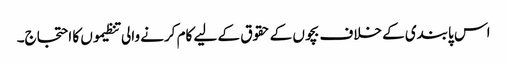
اس پابندی کے خلاف بچوں کے حقوق کے لیے کام کرنے والی تنظیموں کا احتجاج۔